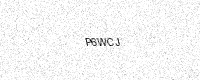
Text: P6WCJ